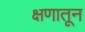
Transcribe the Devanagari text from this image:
क्षणातून